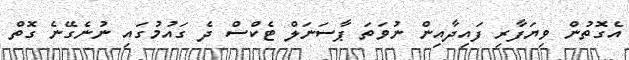
އެގޮތުން ވިޔަފާރި ފައިދާއިން ނުވަތަ ޕާސަނަލް ޓެކްސް ދެ ގައުމުގައި ނުނެގޭނެ ގޮތް